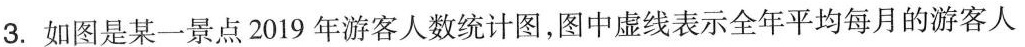
3.如图是某一景点2019年游客人数统计图，图中虚线表示全年平均每月的游客人